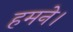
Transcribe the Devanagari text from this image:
हमने।